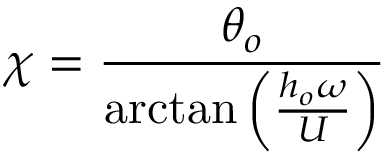
\chi = \frac { \theta _ { o } } { \arctan \left( \frac { h _ { o } \omega } { U } \right) }